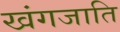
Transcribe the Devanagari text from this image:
खंगजाति